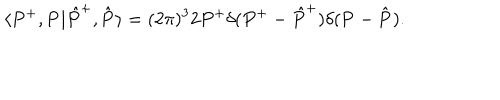
\langle P ^ { + } , { \bf P } | \hat { P } ^ { + } , \hat { \bf P } \rangle = ( 2 \pi ) ^ { 3 } 2 P ^ { + } \delta ( P ^ { + } - \hat { P } ^ { + } ) \delta ( { \bf P } - \hat { \bf P } ) .